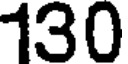
130